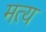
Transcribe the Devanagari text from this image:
मत्य